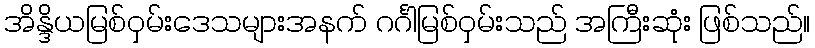
အိန္ဒိယမြစ်ဝှမ်းဒေသများအနက် ဂင်္ဂါမြစ်ဝှမ်းသည် အကြီးဆုံး ဖြစ်သည်။